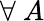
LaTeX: \forall~A